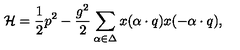
{ \cal H } = { \frac { 1 } { 2 } } p ^ { 2 } - { \frac { g ^ { 2 } } { 2 } } \sum _ { \alpha \in \Delta } x ( \alpha \cdot q ) x ( - \alpha \cdot q ) ,